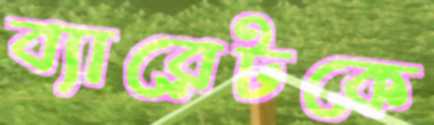
ব্যারেটকে